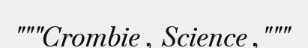
"""Crombie , Science ,"""